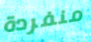
منفردة